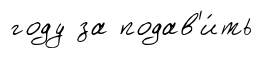
году за подав'и́ть